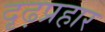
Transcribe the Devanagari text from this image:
दृढ़प्रहार